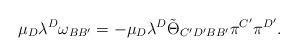
LaTeX: \begin{align*}\mu_D\lambda^D\omega_{BB'}=-\mu_D\lambda^D\tilde\Theta_{C'D'BB'}\pi^{C'}\pi^{D'}.\end{align*}